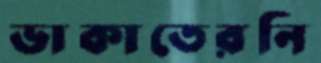
ডাকাতেরনি